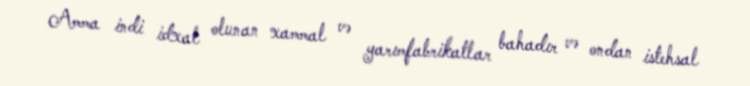
Amma indi idxal olunan xammal və yarımfabrikatlar bahadır və ondan istehsal